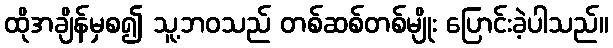
ထိုအချိန်မှစ၍ သူ့ဘဝသည် တစ်ဆစ်တစ်မျိုး ပြောင်းခဲ့ပါသည်။